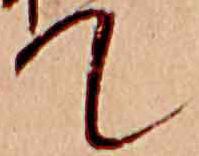
て